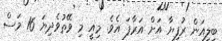
ބިލިއަން ރުފިޔާ އަށް އަރާފަ އެވެ. މިއީ މި ވޭތުވެދިޔަ 16 މަސް